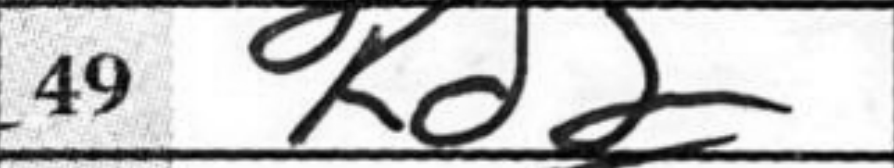
Transcription: Kd2